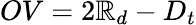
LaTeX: OV=2\mathbb{R}_{d}-D_{t}